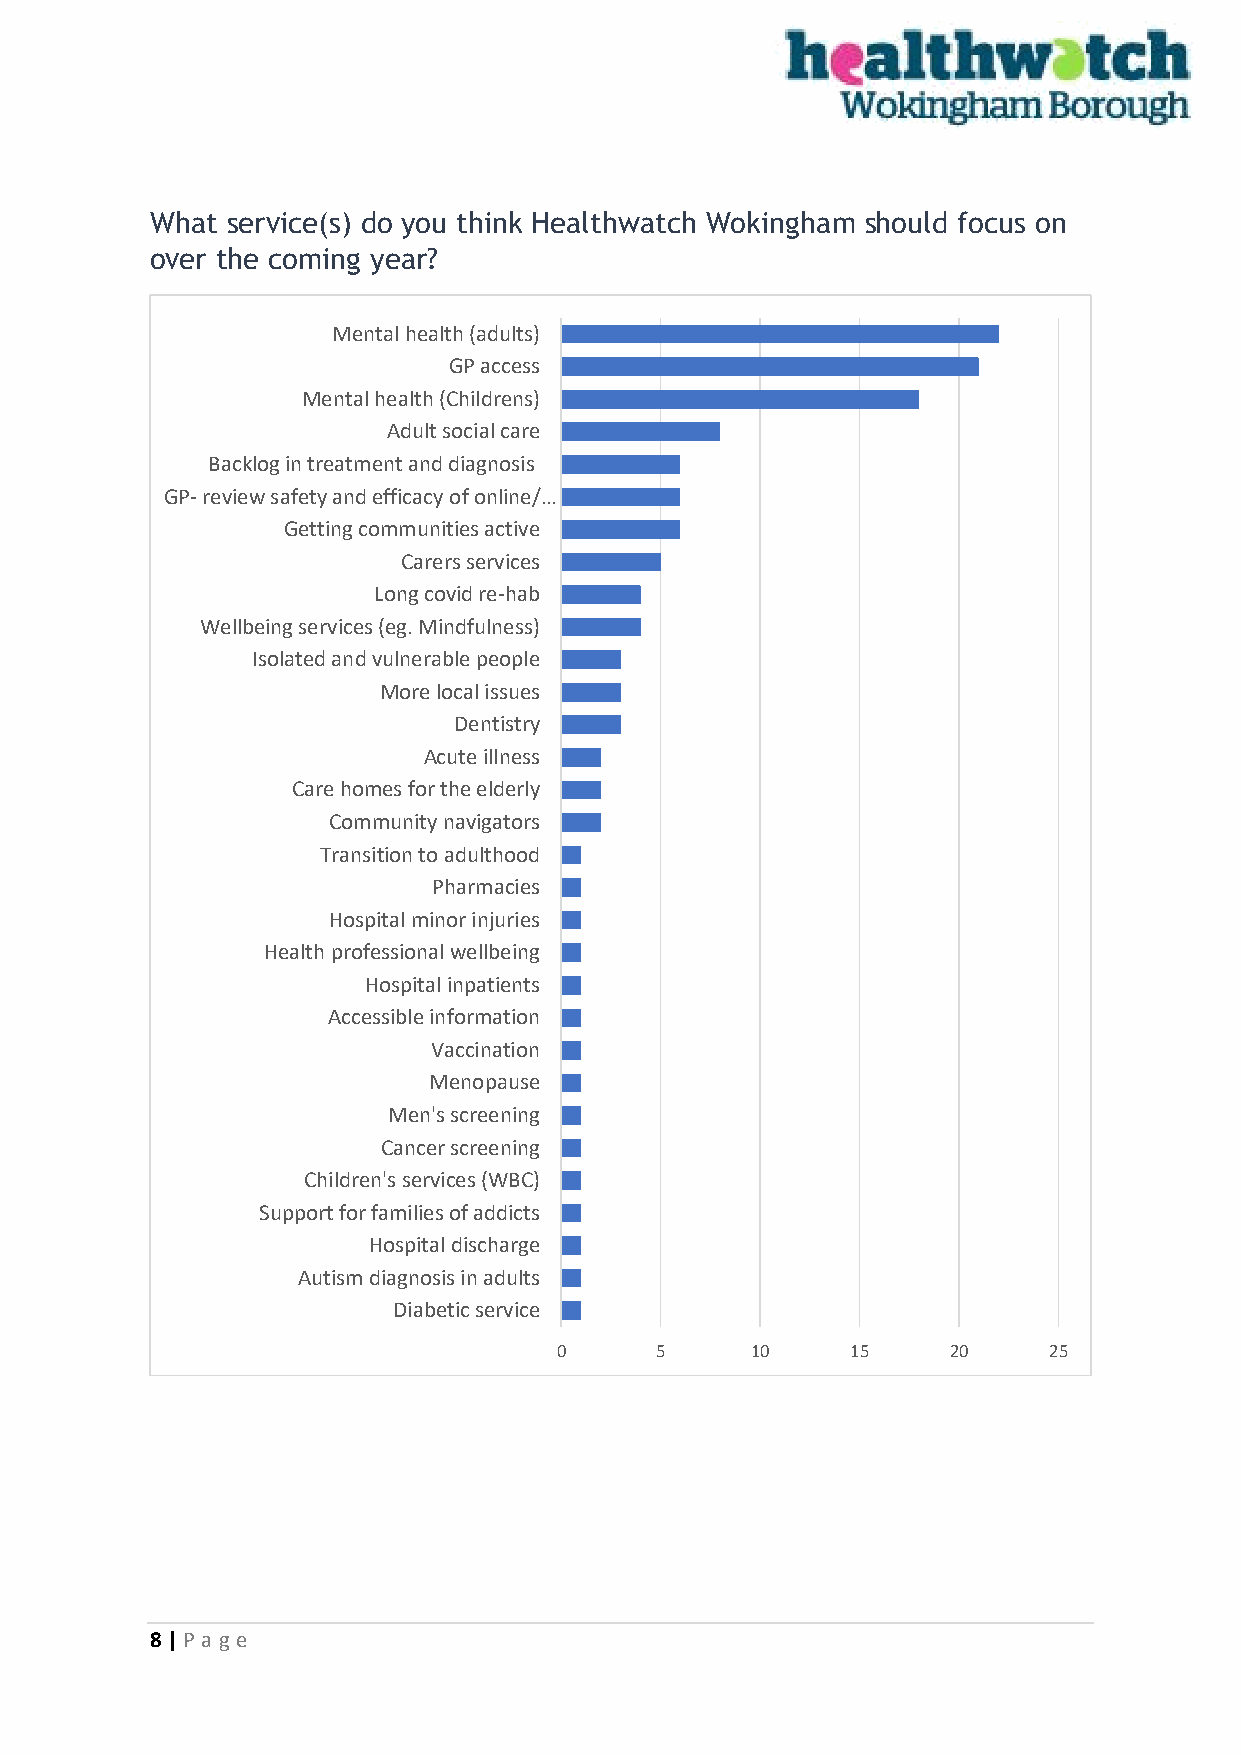
What service(s) do you think Healthwatch Wokingham should focus on
 over the coming year?
 Mental health (adults)
 GP access
 Mental health (Childrens)
 Adult social care
 Backlog in treatment and diagnosis
 GP- review safety and efficacy of online/…
 Getting communities active
 Carers services
 Long covid re-hab
 Wellbeing services (eg. Mindfulness)
 Isolated and vulnerable people
 More local issues
 Dentistry
 Acute illness
 Care homes for the elderly
 Community navigators
 Transition to adulthood
 Pharmacies
 Hospital minor injuries
 Health professional wellbeing
 Hospital inpatients
 Accessible information
 Vaccination
 Menopause
 Men's screening
 Cancer screening
 Children's services (WBC)
 Support for families of addicts
 Hospital discharge
 Autism diagnosis in adults
 Diabetic service
 0     5      10    15     20    25
 8 | P age